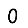
Digit: 0